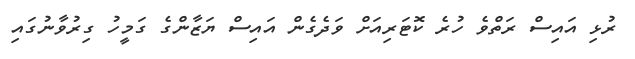
ރުޅި އައިސް ރަތްވެ ހުރެ ކޮޓަރިއަށް ވަދެގެން އައިސް ޔަޒާންގެ ގަމީހު ގިރުވާނުގައި